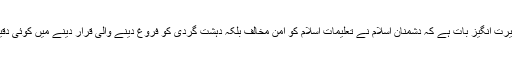
باوجود اس کے انتہائی حیرت انگیز بات ہے کہ دشمنان اسلام نے تعلیمات اسلام کو امن مخالف بلکہ دہشت گردی کو فروغ دینے والی قرار دینے میں کوئی دقیقہ فروگزاشت نہیں رکھا۔